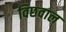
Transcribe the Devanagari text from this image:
विछवाल